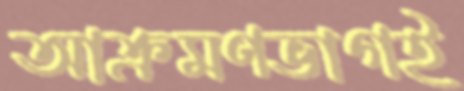
আক্রমণভাগই